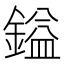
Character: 鎰